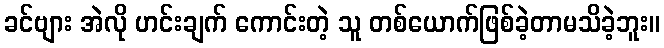
ခင်ဗျား အဲလို ဟင်းချက် ကောင်းတဲ့ သူ တစ်ယောက်ဖြစ်ခဲ့တာမသိခဲ့ဘူး။